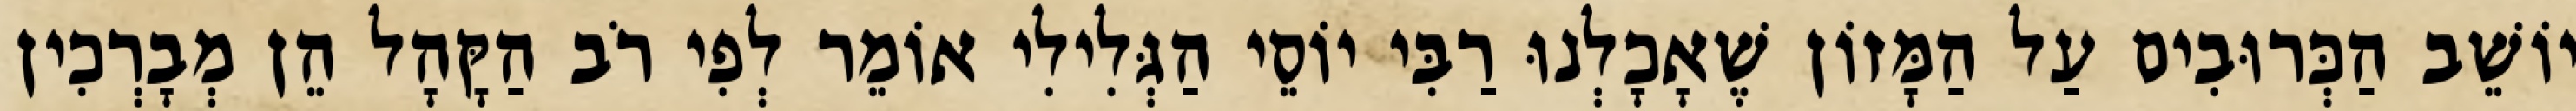
יוֹשֵׁב הַכְּרוּבִים עַל הַמָּזוֹן שֶׁאָכָלְנוּ רַבִּי יוֹסֵי הַגְּלִילִי אוֹמֵר לְפִי רֹב הַקָּהָל הֵן מְבָרְכִין